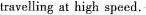
travelling at high speed.